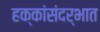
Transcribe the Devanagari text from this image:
हक्कांसंदर्भात